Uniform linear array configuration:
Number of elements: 12
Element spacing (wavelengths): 0.5
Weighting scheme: uniform
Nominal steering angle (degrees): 45
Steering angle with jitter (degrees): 43.978
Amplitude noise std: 0.05
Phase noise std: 0.05

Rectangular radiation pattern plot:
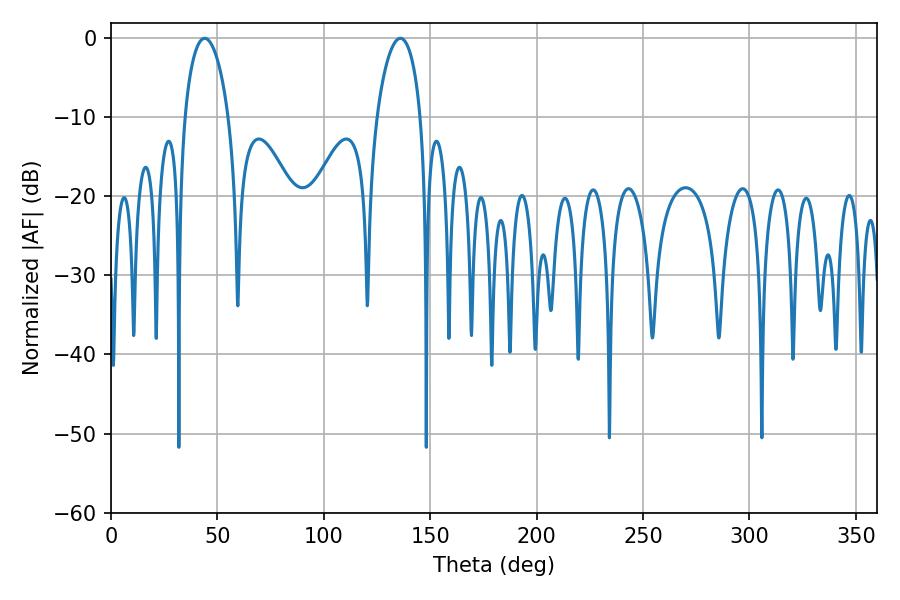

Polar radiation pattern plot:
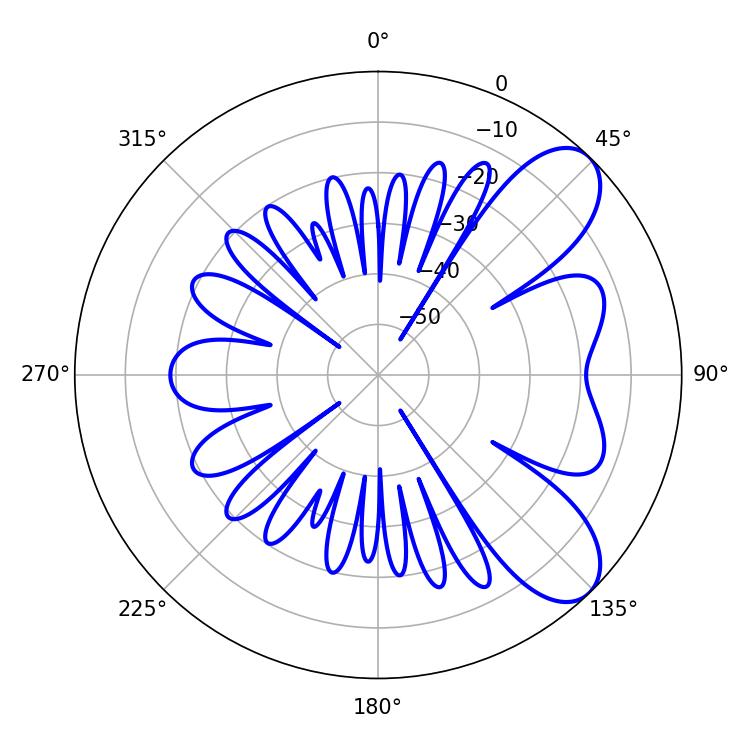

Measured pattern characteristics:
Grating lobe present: FALSE
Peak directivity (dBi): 7.931
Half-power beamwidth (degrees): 11.7
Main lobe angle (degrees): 44.1